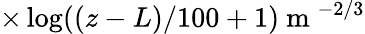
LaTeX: \times\log((z-L)/100+1)\mathrm{~m~}^{-2/3}